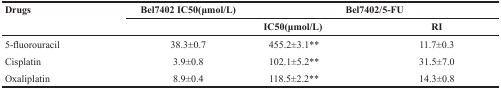
<table><thead><tr><td><b>Drugs</b></td><td><b>Bel7402 IC50(μmol/L)</b></td><td colspan="2"><b>Bel7402/5-FU</b></td></tr><tr><td></td><td></td><td><b>IC50(μmol/L)</b></td><td><b>RI</b></td></tr></thead><tbody><tr><td>5-fluorouracil</td><td>38.3±0.7</td><td>455.2±3.1**</td><td>11.7±0.3</td></tr><tr><td>Cisplatin</td><td>3.9±0.8</td><td>102.1±5.2**</td><td>31.5±7.0</td></tr><tr><td>Oxaliplatin</td><td>8.9±0.4</td><td>118.5±2.2**</td><td>14.3±0.8</td></tr></tbody></table>